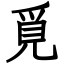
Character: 覓